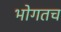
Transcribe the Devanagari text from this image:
भोगतच